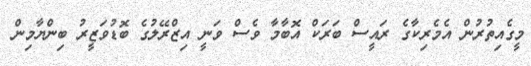
މީގެއިތުރުން އެމެރިކާގެ ރައީސް ބަރަކް އޮބާމާ ވެސް ވަނީ އިޒްރޭލުގެ ބޮޑުވަޒީރު ބިންޔާމިން